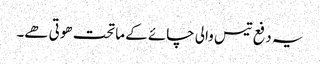
یہ دفع تیس والی چائے کے ماتحت ھوتی ھے۔